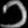
Digit: ၁